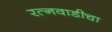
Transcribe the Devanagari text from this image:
रत्नवाडीचा